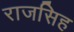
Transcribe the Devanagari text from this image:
राजसिह